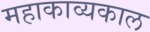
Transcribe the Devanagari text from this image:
महाकाव्‍यकाल